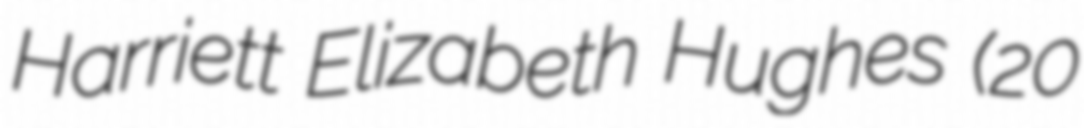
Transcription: Harriett Elizabeth Hughes (20